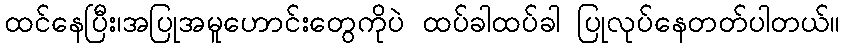
ထင်နေပြီး၊အပြုအမူဟောင်းတွေကိုပဲ ထပ်ခါထပ်ခါ ပြုလုပ်နေတတ်ပါတယ်။